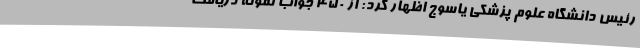
رئیس دانشگاه علوم پزشکی یاسوج اظهار کرد: از 450 جواب نمونه دریافت